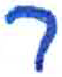
אות: ב